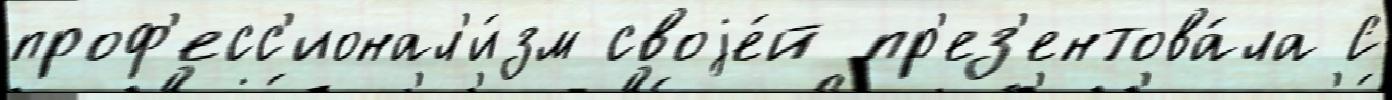
проф'есс'ионал'и́зм своjе́й пр'ез'ентова́ла С